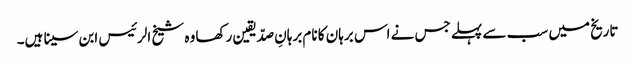
تاریخ میں سب سے پہلے جس نے اس برہان کا نام برہانِ صدّیقین رکھا وہ شیخ الرئیس ابن سینا ہیں۔